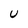
Character: U